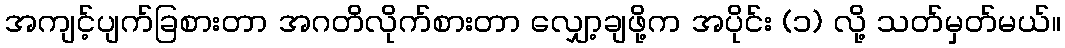
အကျင့်ပျက်ခြစားတာ အဂတိလိုက်စားတာ လျှော့ချဖို့က အပိုင်း (၁) လို့ သတ်မှတ်မယ်။